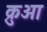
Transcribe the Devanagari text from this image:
क्रुआ